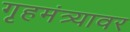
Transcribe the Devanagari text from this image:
गृहमंत्र्यावर